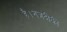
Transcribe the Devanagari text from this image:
है।नजदीकी